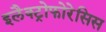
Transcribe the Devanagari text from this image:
इलैक्ट्रोफोरेसिस